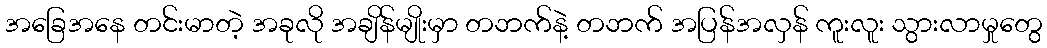
အခြေအနေ တင်းမာတဲ့ အခုလို အချိန်မျိုးမှာ တဘက်နဲ့ တဘက် အပြန်အလှန် ကူးလူး သွားလာမှုတွေ